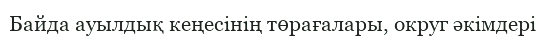
Байда ауылдық кеңесінің төрағалары, округ әкімдері